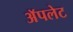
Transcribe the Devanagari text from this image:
अॅपलेट